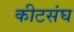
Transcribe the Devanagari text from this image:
कीटसंघ